Tezpur Lunatic Asylum reports 1877-1894 - 1877-1894
Year: 1877
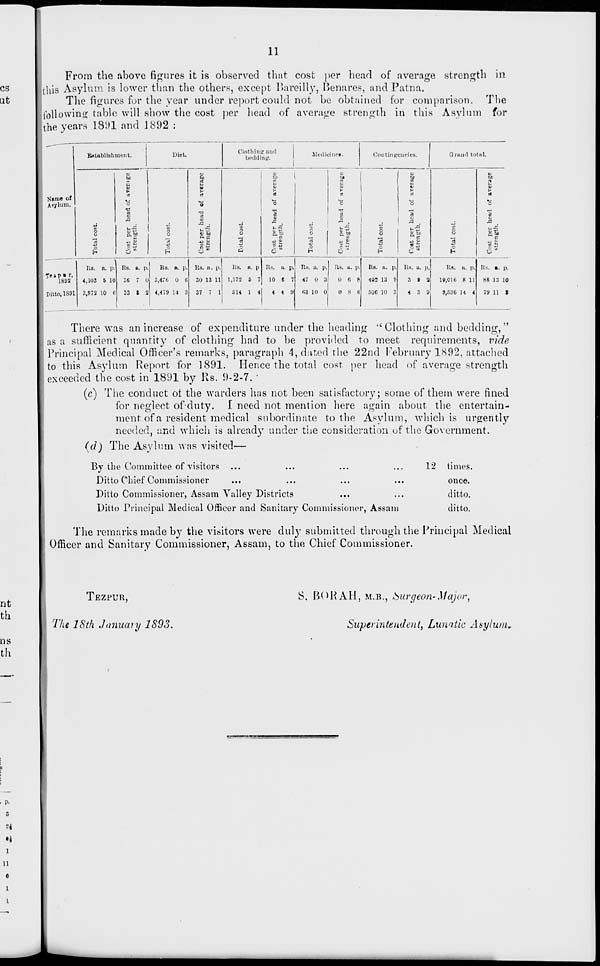
11
p-
3
•i
I
n
o
I
i
From the above figures it is observed that cost per head of average strength in
Ithis Asylum is lower than the others, except Bareilly, Benares, and Patna.
The figures for the year under report could not be obtained for comparison. The
following table will show the cost per head of average strength in this Asylum for
the years 181)1 and 1892 :
Name of
Asylum.
Bntablishment.
Diet.
Clothing and
bedding.
Medici DPI .
Contingencies.
o
o
s
U)
&
o
1%
Hit
6
o
H
(5
O
•a
9
■B .
v So
n-c
■» &
8*
o
o
"3
Te » P » r .
1893
Ditto, 1891
Rs. a. p. Rs. a. p.
4,103 5 10 36 7 0
3,972 10 6 33 1 2
Its. a. P- Us. a. p.
3,476 0 6 30 13 11
4,479 14 3 37 7 1
Ks. n. p
1,172 5 7
S14 1 4
to
o
5
l-.fi'
O
6
o
o
a
|
E
d
5
.c
Rs. a. p.
10 6 7
4 4 9
Rs. a. p.
47 0 3
03 10 0
Rs. a. p.
0 6 8
0 8 6
o
H
to
.a
5*
Grand total.
o
Rs. a. p.
402 13 9
506 10 3
Its. a. p.
3 9 3
4 3 9
Rg. a. p.
10,016 8 11
9,536 14 4
o
tr.
M
V
>
cc
s%
RB. a. p.
88 13 10
79 11 S
There was an increase of expenditure under the heading "Clothing and bedding,"
as a sufficient quantity of clothing had to be provided to meet requirements, vide
Principal Medical Officer's remarks, paragraph 4, dated the 22nd February 1892, attached
to this Asylum Report for 1891. Hence the total cost per head of average strength
exceeded the cost in 1891 by Rs. 9-2-7. '
(c) The conduct ol the warders has not been satisfactory; some of them were fined
for neglect ofduty. I need not mention here again about the entertain-
ment of a resident medical subordinate to the Asylum, which is urgently
needed, and which is already under the consideration of the Government.
(d) The Asylum was visited—
By the Committee of visitors
Ditto Chief Commissioner
Ditto Commissioner, Assam Valley Districts
Ditto Principal Medical Officer and Sanitary Commissioner, Assam
12 times,
once,
ditto,
ditto.
The remarks made by the visitors were duly submitted through the Principal Medical
Officer and Sanitary Commissioner, Assam, to the Chief Commissioner.
TEZPUR,
The 18th January 1S93.
S, BORAH, M.B., burgeon-Major,
Superintendent, Lunatic Asylum.